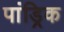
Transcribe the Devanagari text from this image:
पांड्रिक